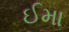
ઈમા